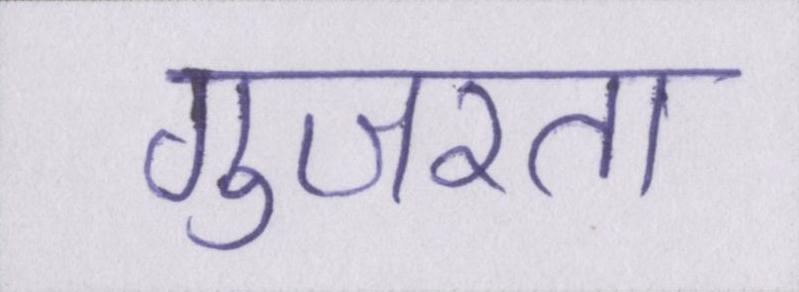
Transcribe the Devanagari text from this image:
गुजरता